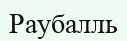
Раубалль